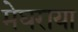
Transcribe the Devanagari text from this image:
मेघराया